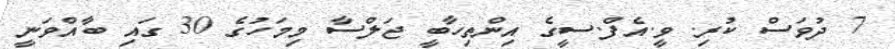
7 ދުވަސް ކުރި. ވީ.އެފް.ސީގެ އިންތިހާބީ ޖަލްސާ މިމަހުގެ 30 ގައި ބާއްވަނީ